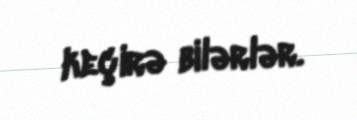
keçirə bilərlər.